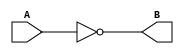
// Created by Jeevaka Dassanayake on 4/05/18.
//   Copyright (c) 2018 Jeevaka Dassanayake.

`timescale 1ns / 1ps
//////////////////////////////////////////////////////////////////////////////////
// Company: 
// Engineer: 
// 
// Design Name: 
// Module Name:    TestMe 
// Project Name: 
// Target Devices: 
// Tool versions: 
// Description: 
//
// Dependencies: 
//
// Revision: 
// Revision 0.01 - File Created
// Additional Comments: 
//
//////////////////////////////////////////////////////////////////////////////////
module TestMe(
    input wire A,
    output wire B
    );

	assign B=!A;

endmodule